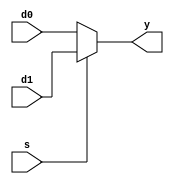
`timescale 1ns / 1ps
//////////////////////////////////////////////////////////////////////////////////
// Company: 
// Engineer: 
// 
// Design Name: 
// Module Name: mux2
// Project Name: 
// Target Devices: 
// Tool Versions: 
// Description: 
// 
// Dependencies: 
// 
// Revision:
// Revision 0.01 - File Created
// Additional Comments:
// 
//////////////////////////////////////////////////////////////////////////////////


module mux2 #(parameter WIDTH = 8)(
	input wire[WIDTH-1:0] d0,d1,
	input wire s,
	output wire[WIDTH-1:0] y
    );
	
	assign y = s ? d1 : d0;
endmodule